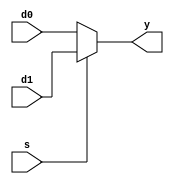
`timescale 1ns / 1ps
//////////////////////////////////////////////////////////////////////////////////
// Company: 
// Engineer: 
// 
// Design Name: 
// Module Name: mux2
// Project Name: 
// Target Devices: 
// Tool Versions: 
// Description: 
// 
// Dependencies: 
// 
// Revision:
// Revision 0.01 - File Created
// Additional Comments:
// 
//////////////////////////////////////////////////////////////////////////////////


module mux2 #(parameter WIDTH = 8)(
	input wire[WIDTH-1:0] d0,d1,
	input wire s,
	output wire[WIDTH-1:0] y
    );
	
	assign y = s ? d1 : d0;
endmodule